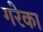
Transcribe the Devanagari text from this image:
गरेका